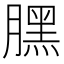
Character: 𣎚